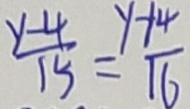
\frac { y - 4 } { 1 5 } = \frac { y + 4 } { 1 6 }